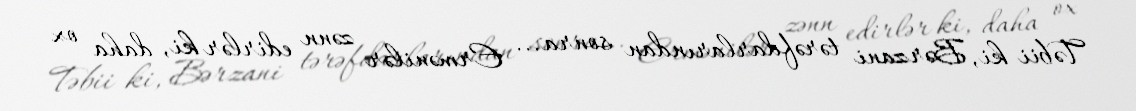
Təbii ki, Bərzani tərəfdarlarından sonra... Ermənilər zənn edirlər ki, daha ox